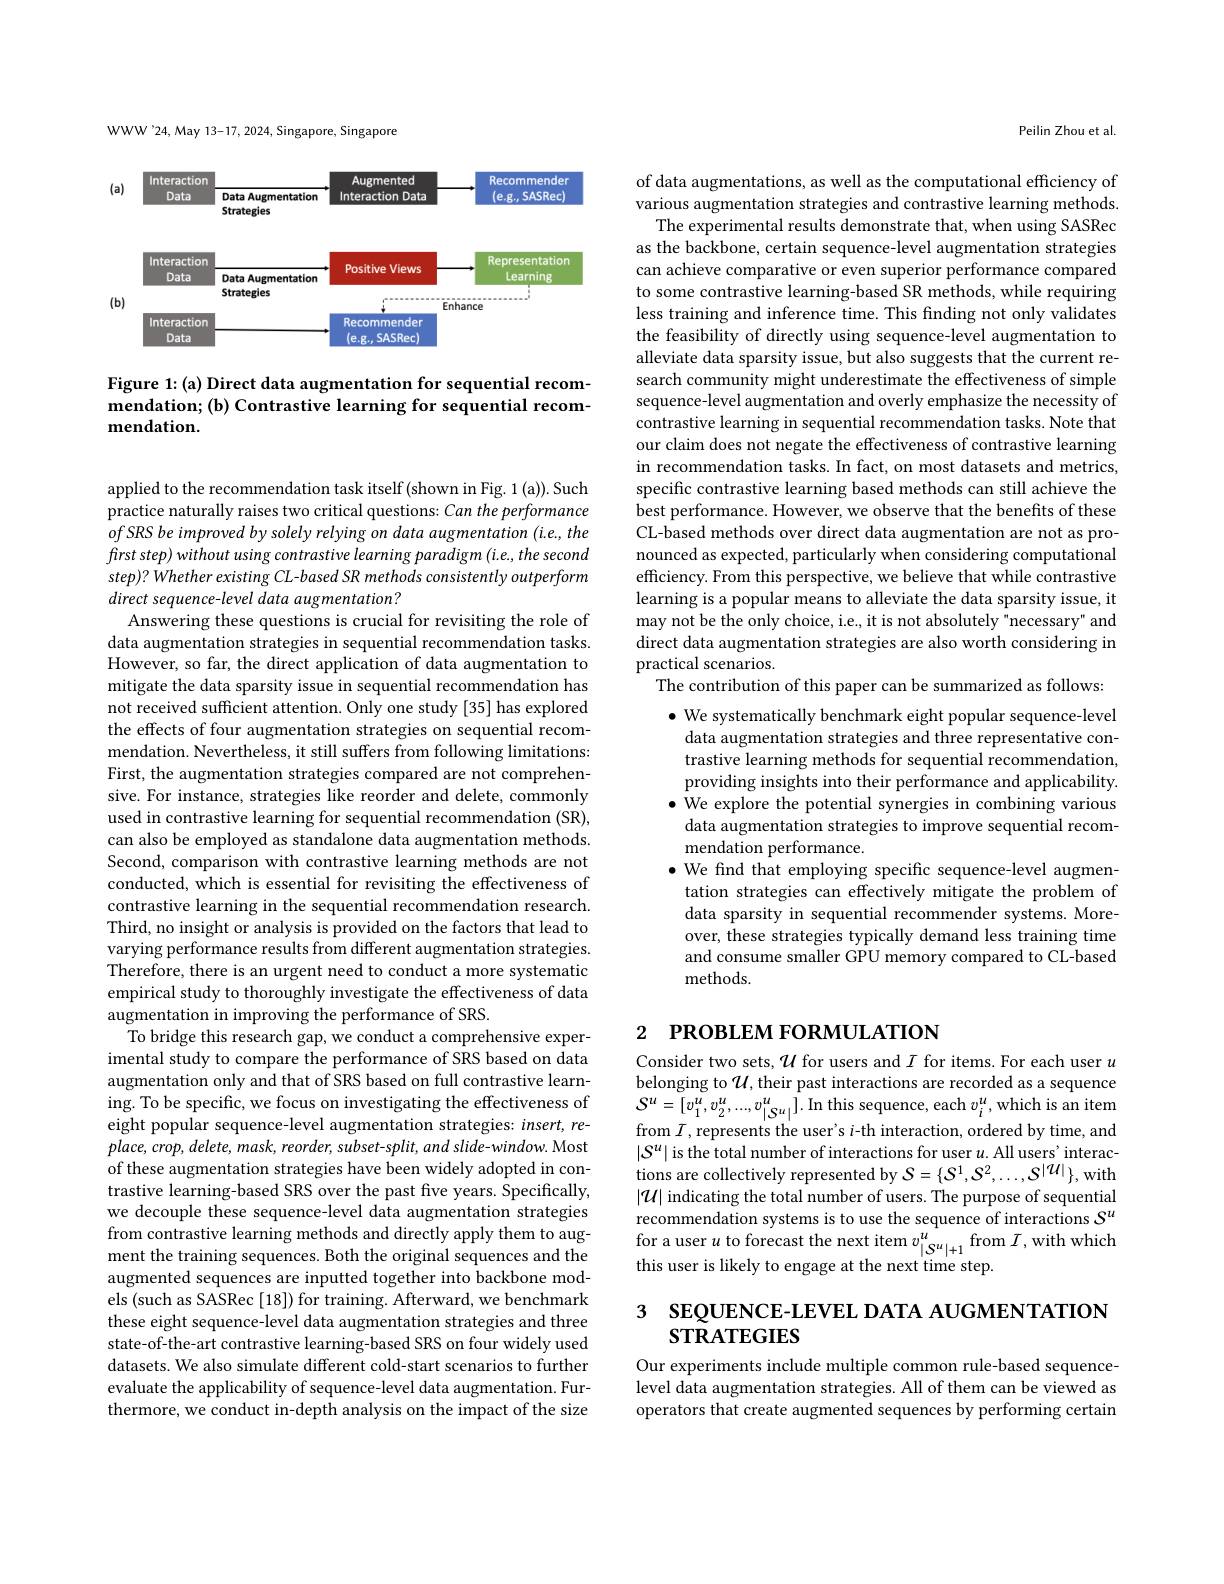
WWW'24,May 13-17, 2024, Singapore, Singapore

<FigureHere>

Figure 1:(a) Direct data augmentation for sequential recommendation; (b) Contrastive learning for sequential recommendation.

applied to the recommendation task itself (shown in Fig. 1 (a)). Such practice naturally raises two critical questions: Can the performance of SRS be improved by solely relying on data augmentation (i.e., the $firststep) withoutusingcontrastive\textit{learning paradigm ( i. e. , the second}$ step)? Whether existing CL-based SR methods consistently outperform direct sequence-level data augmentation?
Answering these questions is crucial for revisiting the role of data augmentation strategies in sequential recommendation tasks. However, so far, the direct application of data augmentation to mitigate the data sparsity issue in sequential recommendation has not received sufficient attention. Only one study [35] has explored the effects of four augmentation strategies on sequential recommendation. Nevertheless, it still suffers from following limitations: First, the augmentation strategies compared are not comprehensive. For instance, strategies like reorder and delete, commonly used in contrastive learning for sequential recommendation (SR), can also be employed as standalone data augmentation methods. Second, comparison with contrastive learning methods are not conducted, which is essential for revisiting the effectiveness of contrastive learning in the sequential recommendation research. Third, no insight or analysis is provided on the factors that lead to varying performance results from different augmentation strategies. Therefore, there is an urgent need to conduct a more systematic empirical study to thoroughly investigate the effectiveness of data augmentation in improving the performance of SRS.
To bridge this research gap, we conduct a comprehensive experimental study to compare the performance of SRS based on data augmentation only and that of SRS based on full contrastive learning. To be specific, we focus on investigating the effectiveness of eight popular sequence-level augmentation strategies: insert, replace, crop, delete, mask, reorder, subset-split, and slide-window. Most of these augmentation strategies have been widely adopted in contrastive learning-based SRS over the past five years. Specifically, we decouple these sequence-level data augmentation strategies from contrastive learning methods and directly apply them to augment the training sequences. Both the original sequences and the augmented sequences are inputted together into backbone models (such as SASRec [18]) for training. Afterward, we benchmark these eight sequence-level data augmentation strategies and three state-of-the-art contrastive learning-based SRS on four widely used datasets. We also simulate different cold-start scenarios to further evaluate the applicability of sequence-level data augmentation. Furthermore, we conduct in-depth analysis on the impact of the size

Peilin Zhou et al.

of data augmentations, as well as the computational efficiency of various augmentation strategies and contrastive learning methods.
The experimental results demonstrate that, when using SASRec as the backbone, certain sequence-level augmentation strategies can achieve comparative or even superior performance compared to some contrastive learning-based SR methods, while requiring less training and inference time. This finding not only validates the feasibility of directly using sequence-level augmentation to alleviate data sparsity issue, but also suggests that the current research community might underestimate the effectiveness of simple sequence-level augmentation and overly emphasize the necessity of contrastive learning in sequential recommendation tasks. Note that our claim does not negate the effectiveness of contrastive learning in recommendation tasks. In fact, on most datasets and metrics, specific contrastive learning based methods can still achieve the best performance. However, we observe that the benefits of these CL-based methods over direct data augmentation are not as pronounced as expected, particularly when considering computational efficiency. From this perspective, we believe that while contrastive learning is a popular means to alleviate the data sparsity issue, it may not be the only choice, i.e., it is not absolutely "necessary" and direct data augmentation strategies are also worth considering in practical scenarios.
The contribution of this paper can be summarized as follows: $\bullet$ We systematically benchmark eight popular sequence-level data augmentation strategies and three representative contrastive learning methods for sequential recommendation, providing insights into their performance and applicability. $\bullet$ We explore the potential synergies in combining various data augmentation strategies to improve sequential recommendation performance.
$\bullet$ We find that employing specific sequence-level augmen-
tation strategies can effectively mitigate the problem of data sparsity in sequential recommender systems. Moreover, these strategies typically demand less training time and consume smaller GPU memory compared to CL-based methods.

# 2 РROВLEM FORMULATION

Consider two sets, $\mathcal{U}$ for users and $I$ for items. For each user $u$ belonging to $\mathcal{U}$, their past interactions are recorded as a sequence $S^{u}=[v_{1}^{u},v_{2}^{u},...,v_{|S^{u}|}^{u}].$In this sequence, each $v_i^{u}$,which is an item from $I$,represents the user's $i$-th interaction, ordered by time, and $|S^u|$ is the total number of interactions for user $u.$ All users' interactions are collectively represented by $\mathcal{S}=\{\mathcal{S}^1,\mathcal{S}^2,\ldots,\mathcal{S}^{|\mathcal{U}|}\}$,with $|\mathcal{U}|$ indicating the total number of users. The purpose of sequential recommendation systems is to use the sequence of interactions $S^u$ for a user $u$ to forecast the next item $v_|S^u|+1^u$ from $I$,with which this user is likely to engage at the next time step.

# 3 SEQUENCE-LEVEL DATA AUGMENTATION $STRATEGIES$

Our experiments include multiple common rule-based sequencelevel data augmentation strategies. All of them can be viewed as operators that create augmented sequences by performing certain